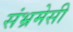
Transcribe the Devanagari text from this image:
संभ्रमेसी